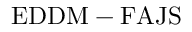
\mathrm { E D D M - F A J S }